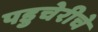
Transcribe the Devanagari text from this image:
पडुचेरीचे